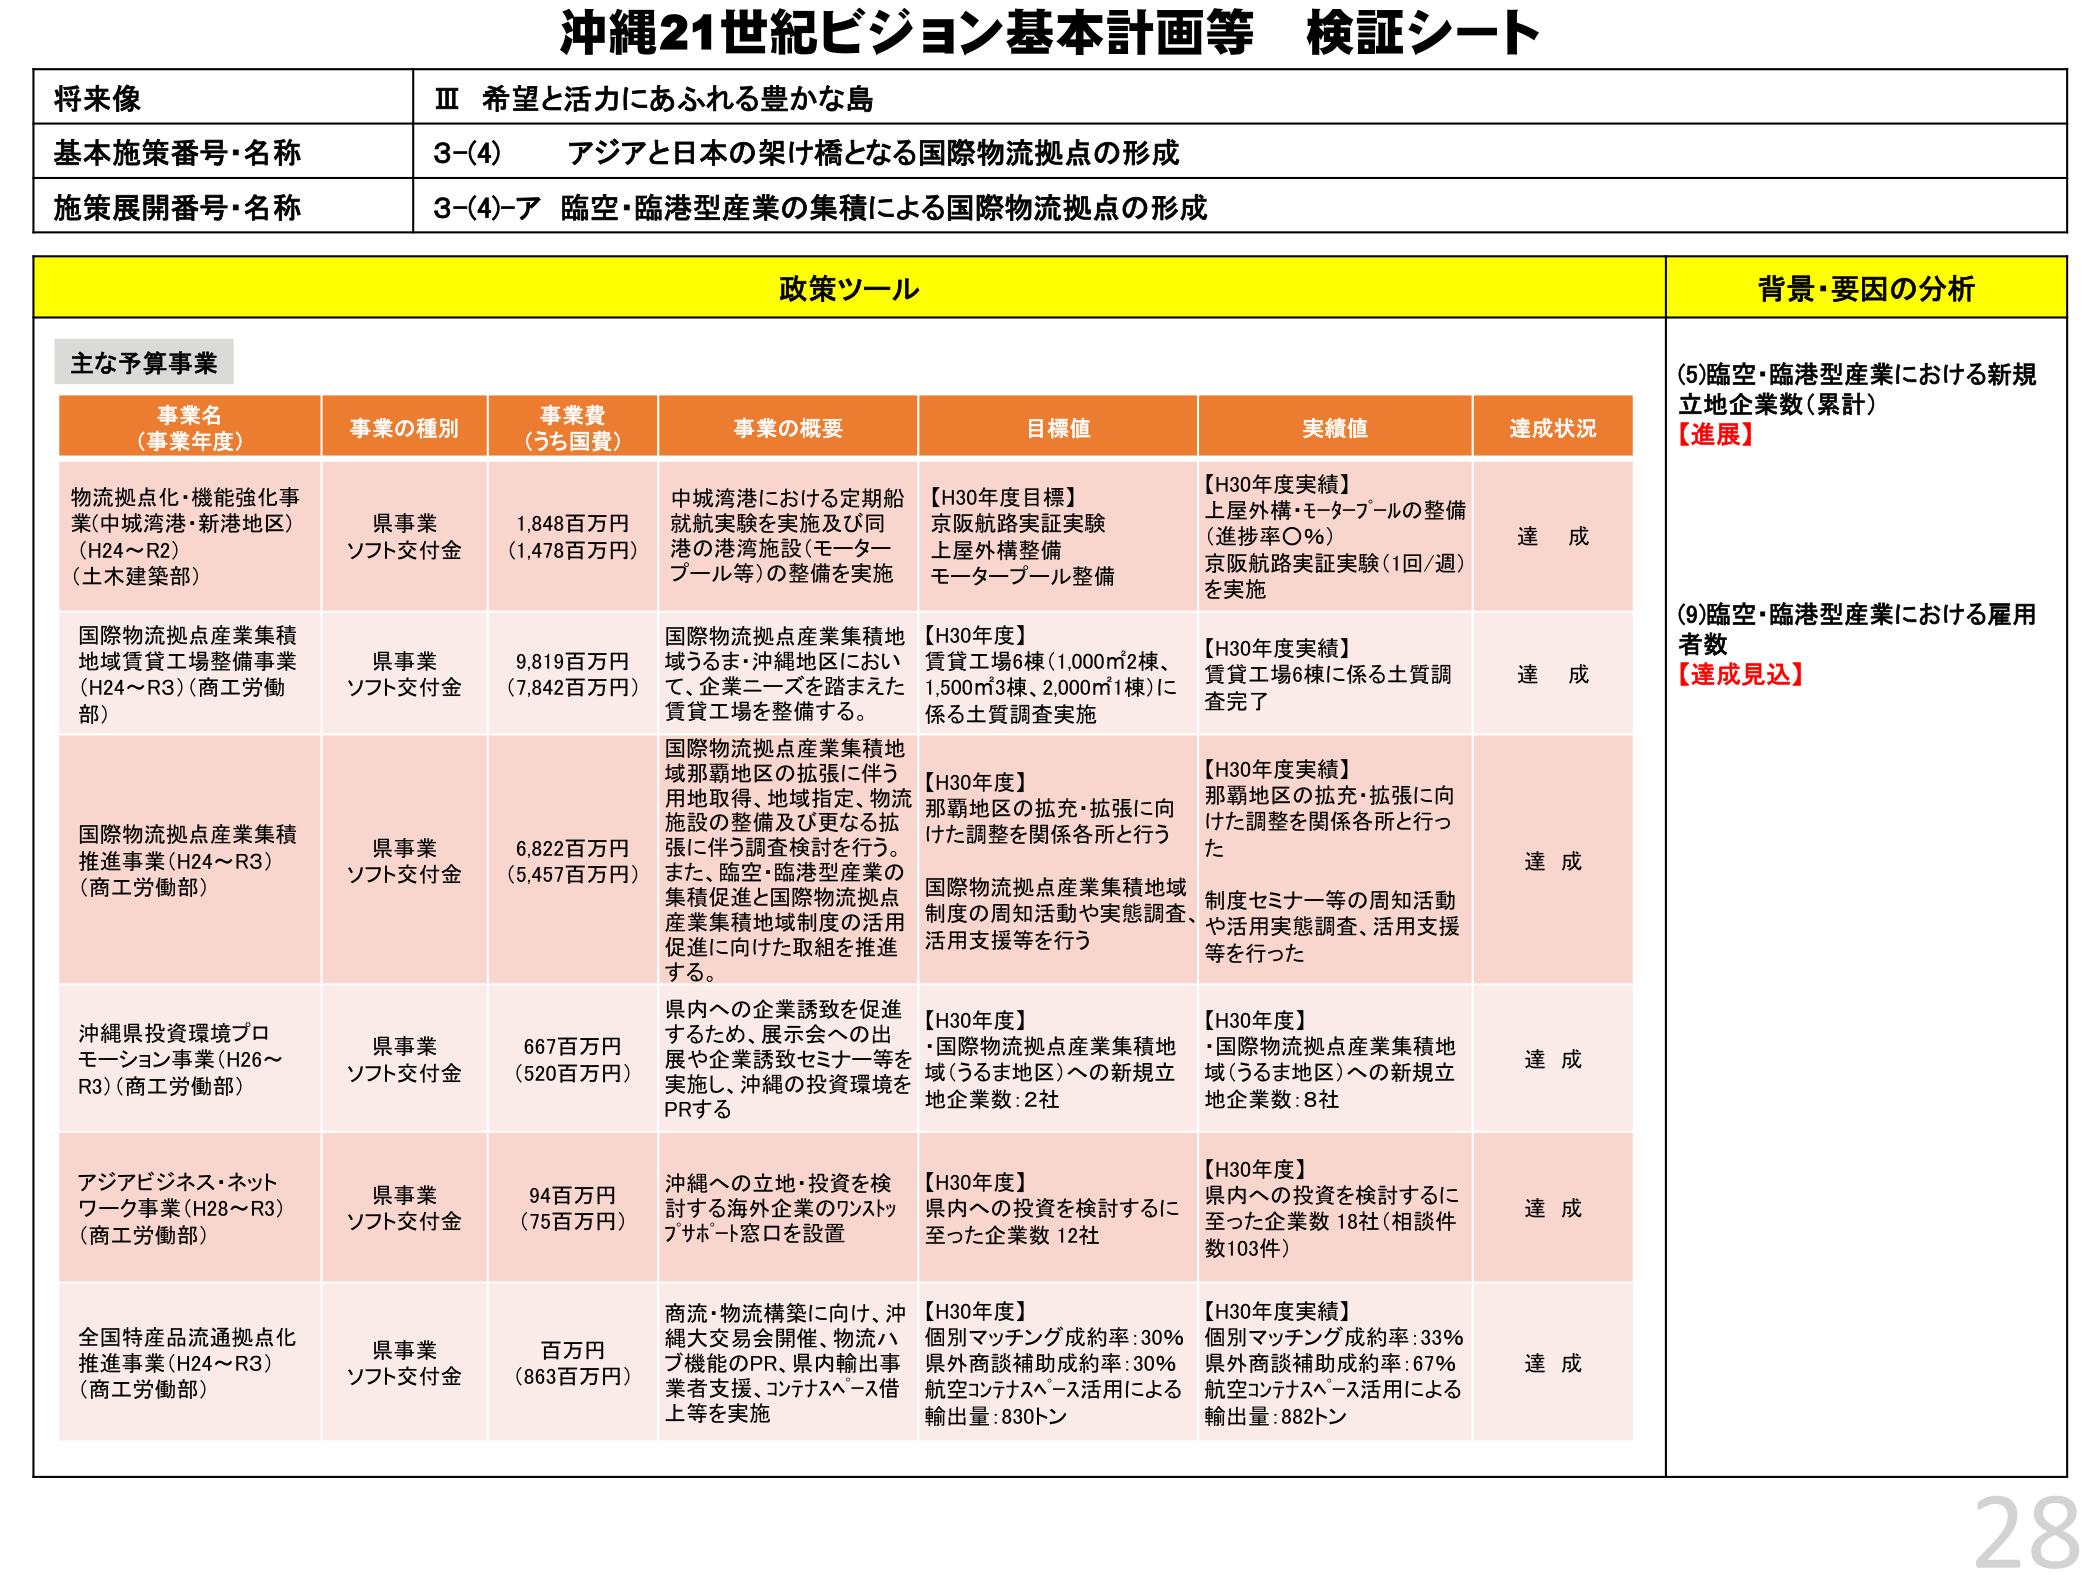
沖縄21世紀ビジョン基本計画等 検証シート

将来像
Ⅲ 希望と活力にあふれる豊かな島

基本施策番号・名称
3-(4) アジアと日本の架け橋となる国際物流拠点の形成

施策展開番号・名称
3-(4)-ア 臨空・臨港型産業の集積による国際物流拠点の形成

政策ツール

主な予算事業

事業名（事業年度）
事業の種別
事業費（うち国費）
事業の概要
目標値
実績値
達成状況

物流拠点化・機能強化事業（中城湾港・新港地区）（H24～R2）（土木建築部）
県事業
ソフト交付金
1,848百万円（1,478百万円）
中城湾港における定期船就航実験を実施及び同港の港湾施設（モータープール等）の整備を実施
【H30年度目標】京阪航路実証実験 上屋外構整備 モータープール整備
【H30年度実績】上屋外構・モータープールの整備（進捗率〇％） 京阪航路実証実験（1回/週）を実施
達成

国際物流拠点産業集積地域賃貸工場整備事業（H24～R3）（商工労働部）
県事業
ソフト交付金
9,819百万円（7,842百万円）
国際物流拠点産業集積地域うるま・沖縄地区において、企業ニーズを踏まえた賃貸工場を整備する。
【H30年度】賃貸工場6棟（1,000㎡2棟、1,500㎡3棟、2,000㎡1棟）に係る土質調査実施
【H30年度実績】賃貸工場6棟に係る土質調査完了
達成

国際物流拠点産業集積推進事業（H24～R3）（商工労働部）
県事業
ソフト交付金
6,822百万円（5,457百万円）
国際物流拠点産業集積地域那覇地区の拡張に伴う用地取得、地域指定、物流施設の整備及び更なる拡張に伴う調査検討を行う。また、臨空・臨港型産業の集積促進と国際物流拠点産業集積地域制度の活用促進に向けた取組を推進する。
【H30年度】那覇地区の拡充・拡張に向けた調整を関係各所と行う 国際物流拠点産業集積地域制度の周知活動や実態調査、活用支援等を行う
【H30年度実績】那覇地区の拡充・拡張に向けた調整を関係各所と行った 制度セミナー等の周知活動や活用実態調査、活用支援等を行った
達成

沖縄県投資環境プロモーション事業（H26～R3）（商工労働部）
県事業
ソフト交付金
667百万円（520百万円）
県内への企業誘致を促進するため、展示会への出展や企業誘致セミナー等を実施し、沖縄の投資環境をPRする
【H30年度】・国際物流拠点産業集積地域（うるま地区）への新規立地企業数：2社
【H30年度】・国際物流拠点産業集積地域（うるま地区）への新規立地企業数：8社
達成

アジアビジネス・ネットワーク事業（H28～R3）（商工労働部）
県事業
ソフト交付金
94百万円（75百万円）
沖縄への立地・投資を検討する海外企業のワンストップサポート窓口を設置
【H30年度】県内への投資を検討するに至った企業数 12社
【H30年度】県内への投資を検討するに至った企業数 18社（相談件数103件）
達成

全国特産品流通拠点化推進事業（H24～R3）（商工労働部）
県事業
ソフト交付金
百万円（863百万円）
商流・物流構築に向け、沖縄大交易会開催、物流ハブ機能のPR、県内輸出事業者支援、コンテナスペース借上等を実施
【H30年度】個別マッチング成約率：30％ 県外商談補助成約率：30％ 航空コンテナスペース活用による輸出量：830トン
【H30年度実績】個別マッチング成約率：33％ 県外商談補助成約率：67％ 航空コンテナスペース活用による輸出量：882トン
達成

背景・要因の分析

(5)臨空・臨港型産業における新規立地企業数（累計）
【進展】

(9)臨空・臨港型産業における雇用者数
【達成見込】

28